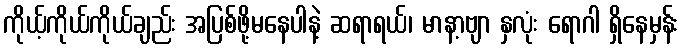
ကိုယ့်ကိုယ်ကိုယ်ချည်း အပြစ်ဖို့မနေပါနဲ့ ဆရာရယ်၊ မာနာ့ဗျာ နှလုံး ရောဂါ ရှိနေမှန်း